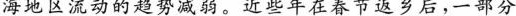
海地区流动的趋势减弱。近些年在春节返乡后，一部分